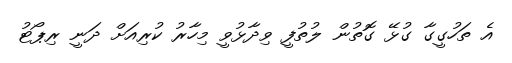
އެ ތަހުގީގާ ގުޅޭ ގޮތުން ލުތުފީ ވިދާޅުވީ މިހާރު ކުރިއަށް ދަނީ ރިޕޯޓު